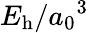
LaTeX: E_{\mathrm{h}}/{a_{0}}^{3}